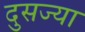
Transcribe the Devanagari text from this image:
दुसज्या